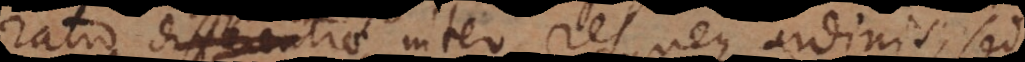
ratio differentiae inter res, neque ordinis, sed